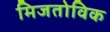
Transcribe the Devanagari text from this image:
मिजतोविक